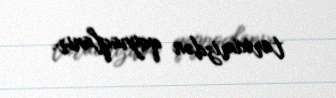
tariximizdən qaynaqlanır.